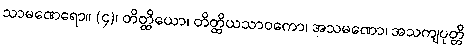
သာမဏေရော။ (၄)၊ တိတ္ထိယော၊ တိတ္ထိယသာဝကော၊ အသမဏော၊ အသကျပုတ္တိ